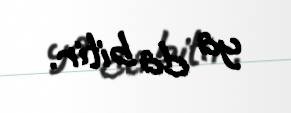
ya da bitir.